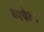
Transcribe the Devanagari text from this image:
व्यपेक्षा